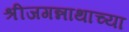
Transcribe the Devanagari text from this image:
श्रीजगन्नाथाच्या